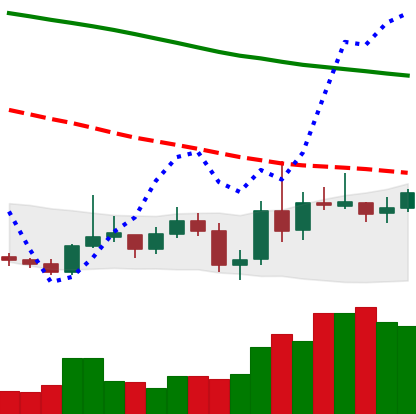
Ticker: XMR-USD
Chart end date: 2019-11-01
Forward return: 5.482%
Label: up_5_7